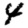
Digit: 4